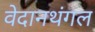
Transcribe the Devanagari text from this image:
वेदानथंगल